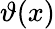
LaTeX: \vartheta(x)